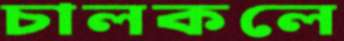
চালকলে